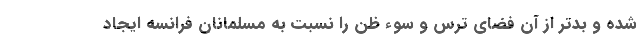
شده و بدتر از آن فضای ترس و سوء ظن را نسبت به مسلمانان فرانسه ایجاد